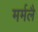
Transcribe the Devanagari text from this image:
मर्मलै